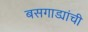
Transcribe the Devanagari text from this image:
बसगाड्यांची